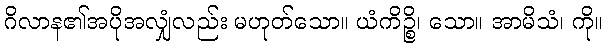
ဂိလာန၏အပိုအလျှံလည်း မဟုတ်သော။ ယံကိဉ္စိ၊ သော။ အာမိသံ၊ ကို။